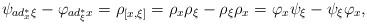
LaTeX: \begin{align*}\psi_{ad^\ast_x\xi}-\varphi_{ad^\ast_\xi x}=\rho_{[x,\xi]}=\rho_x\rho_\xi-\rho_\xi\rho_x=\varphi_x\psi_\xi-\psi_\xi\varphi_x,\end{align*}